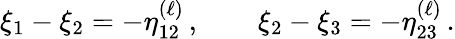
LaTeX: \xi_{1}-\xi_{2}=-\eta_{12}^{(\ell)}\, ,\qquad\xi_{2}-\xi_{3}=-\eta_{23}^{(\ell)}\, .